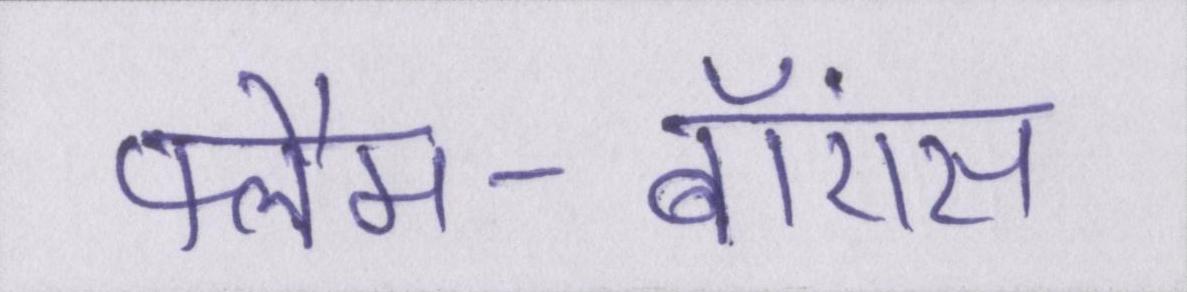
फ्लैम-बॉएंस